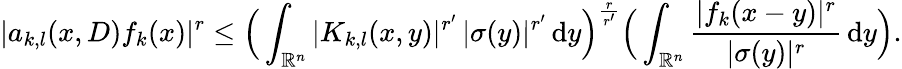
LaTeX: |a_{k,l}(x,D)f_{k}(x)|^{r}\leq\Big(\int_{\mathbb{R}^{n}}|K_{k,l}(x,y)|^{r^{\prime}}\, |\sigma(y)|^{r^{\prime}}\, \mathrm{d}y\Big)^{\frac{r}{r^{\prime}}}\Big(\int_{\mathbb{R}^{n}}\frac{|f_{k}(x-y)|^{r}}{|\sigma(y)|^{r}}\, \mathrm{d}y\Big).